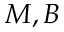
M , B